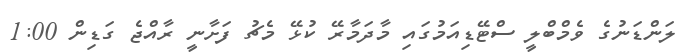
ލަންޑަނުގެ ވެމްބްލީ ސްޓޭޑިއަމުގައި މާދަމާރޭ ކުޅޭ މެޗު ފަށާނީ ރާއްޖެ ގަޑިން 1:00